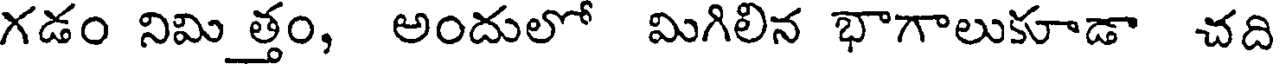
గడం నిమిత్తం, అందులో మిగిలిన భాగాలుకూడా చది